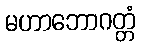
မဟာဘောဂတ္တံ